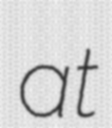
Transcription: at